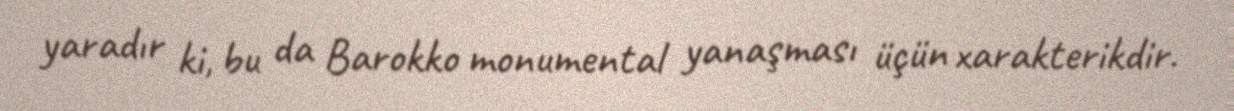
yaradır ki, bu da Barokko monumental yanaşması üçün xarakterikdir.